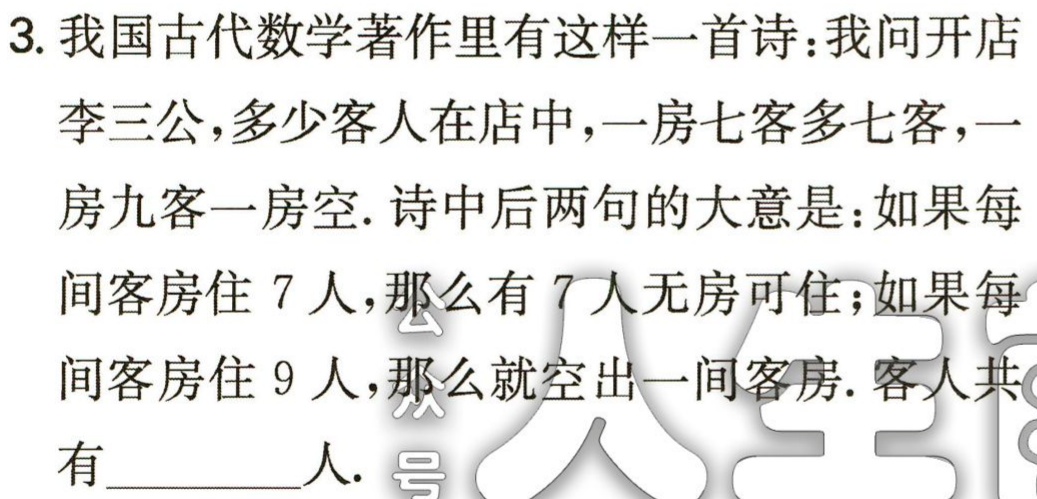
3. 我国古代数学著作里有这样一首诗：我问开店

李三公，多少客人在店中，一房七客多七客，一

房九客一房空. 诗中后两句的大意是：如果每

间客房住 7 人，那么有 7 人无房可住；如果每

间客房住 9 人，那么就空出一间客房. 客人共

有________人. 号